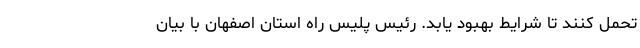
تحمل کنند تا شرایط بهبود یابد. رئیس پلیس راه استان اصفهان با بیان